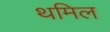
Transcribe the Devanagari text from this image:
थमिल